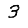
Digit: 3